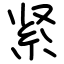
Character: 紧